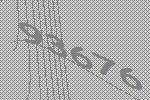
93676